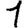
Digit: 1